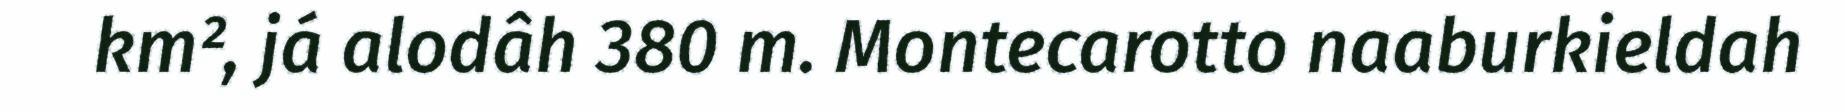
km², já alodâh 380 m. Montecarotto naaburkieldah